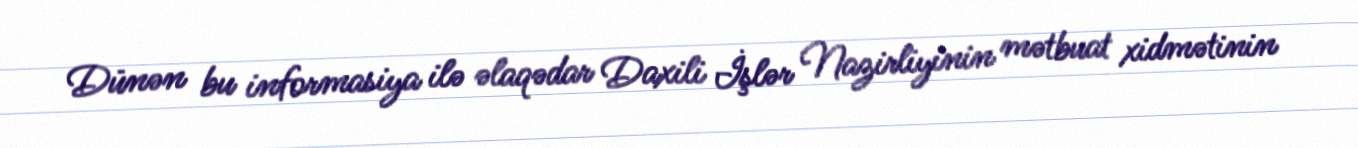
Dünən bu informasiya ilə əlaqədar Daxili İşlər Nazirliyinin mətbuat xidmətinin